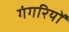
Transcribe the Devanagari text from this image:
गंगरियों